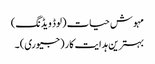
مہوش حیات (لوڈ ویڈنگ)
بہترین ہدایت کار (جیوری) ۔